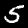
Digit: 5